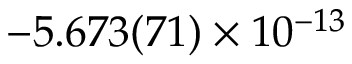
- 5 . 6 7 3 ( 7 1 ) \times 1 0 ^ { - 1 3 }